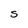
Character: S